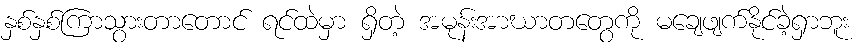
နှစ်နှစ်ကြာသွားတာတောင် ရင်ထဲမှာ ရှိတဲ့ အမုန်းအာဃာတတွေကို မချေဖျက်နိုင်ခဲ့ရှာဘူး